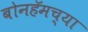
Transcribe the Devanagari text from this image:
बोनहॅमच्या